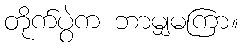
တိုက်ပွဲက ဘာမျှမကြာ။